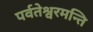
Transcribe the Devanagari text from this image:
पर्वतेश्वरमन्ति